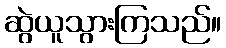
ဆွဲယူသွားကြသည်။